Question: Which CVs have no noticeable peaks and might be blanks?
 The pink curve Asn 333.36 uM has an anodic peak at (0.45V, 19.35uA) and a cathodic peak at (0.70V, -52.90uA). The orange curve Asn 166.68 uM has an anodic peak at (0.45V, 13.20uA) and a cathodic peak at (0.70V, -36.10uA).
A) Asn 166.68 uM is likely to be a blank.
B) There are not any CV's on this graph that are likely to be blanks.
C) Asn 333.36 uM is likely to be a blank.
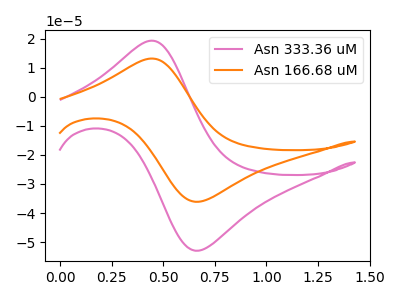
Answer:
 <answer>B) There are not any CV's on this graph that are likely to be blanks.</answer>
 <eval>B</eval>